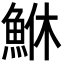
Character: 鮴